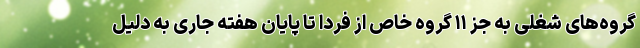
گروه‌های شغلی به جز ۱۱ گروه خاص از فردا تا پایان هفته جاری به دلیل